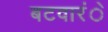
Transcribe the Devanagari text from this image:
बटवारंे